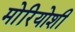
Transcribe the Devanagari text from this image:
मोरियोशी